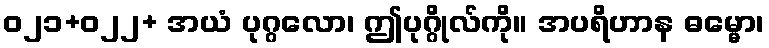
ဝ၂၁+၀၂၂+ အယံ ပုဂ္ဂလော၊ ဤပုဂ္ဂိုလ်ကို။ အပရိဟာန ဓမ္မော၊